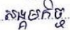
សង្គមកិច្ច